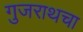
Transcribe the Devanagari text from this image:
गुजराथचा